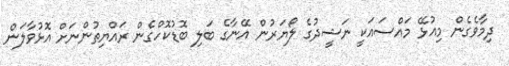
ދިމާވެގެން މިއުޅޭ މައްސައަކީ ނަޝީދުގެ ލޯޔަރުން އޭނާގެ ބަލި ބޮޑުކޮހްގެން ރައްޔިތުންނަށް އޮޅުވާލަން